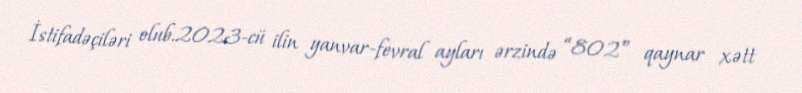
İstifadəçiləri olub.2023-cü ilin yanvar-fevral ayları ərzində “802” qaynar xətt